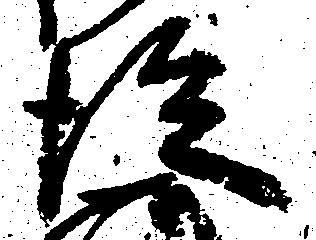
従